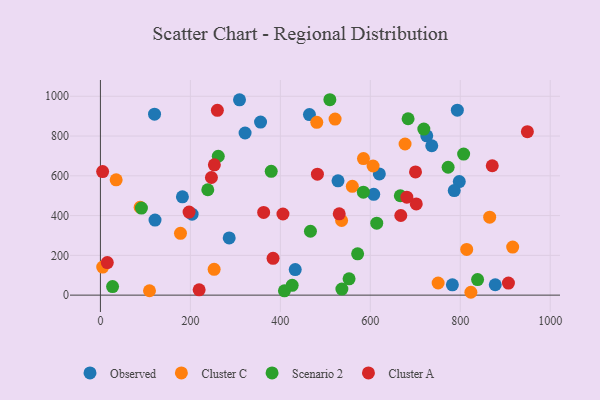
{"axis": {"x": "Engine Size", "y": "Profit"}, "legend": ["Cluster A", "Cluster C", "Observed", "Scenario 2"], "data": [{"x": "321.6", "y": 815.3, "type": "Observed"}, {"x": "433.1", "y": 128.7, "type": "Observed"}, {"x": "464.7", "y": 908.0, "type": "Observed"}, {"x": "528.2", "y": 575.0, "type": "Observed"}, {"x": "793.5", "y": 930.0, "type": "Observed"}, {"x": "203.8", "y": 407.0, "type": "Observed"}, {"x": "725.5", "y": 801.1, "type": "Observed"}, {"x": "620.1", "y": 609.4, "type": "Observed"}, {"x": "877.8", "y": 52.2, "type": "Observed"}, {"x": "286.3", "y": 287.5, "type": "Observed"}, {"x": "607.6", "y": 507.2, "type": "Observed"}, {"x": "356.0", "y": 870.1, "type": "Observed"}, {"x": "782.5", "y": 52.0, "type": "Observed"}, {"x": "120.3", "y": 910.0, "type": "Observed"}, {"x": "121.4", "y": 377.3, "type": "Observed"}, {"x": "736.6", "y": 751.2, "type": "Observed"}, {"x": "797.8", "y": 571.3, "type": "Observed"}, {"x": "182.3", "y": 494.5, "type": "Observed"}, {"x": "786.6", "y": 525.9, "type": "Observed"}, {"x": "309.2", "y": 982.0, "type": "Observed"}, {"x": "750.8", "y": 61.0, "type": "Cluster C"}, {"x": "814.3", "y": 229.8, "type": "Cluster C"}, {"x": "584.8", "y": 686.6, "type": "Cluster C"}, {"x": "521.7", "y": 885.2, "type": "Cluster C"}, {"x": "35.0", "y": 579.7, "type": "Cluster C"}, {"x": "481.0", "y": 869.2, "type": "Cluster C"}, {"x": "178.0", "y": 310.7, "type": "Cluster C"}, {"x": "823.6", "y": 14.4, "type": "Cluster C"}, {"x": "5.1", "y": 141.1, "type": "Cluster C"}, {"x": "560.0", "y": 547.2, "type": "Cluster C"}, {"x": "916.5", "y": 241.6, "type": "Cluster C"}, {"x": "677.3", "y": 760.0, "type": "Cluster C"}, {"x": "606.2", "y": 649.4, "type": "Cluster C"}, {"x": "109.1", "y": 22.1, "type": "Cluster C"}, {"x": "536.2", "y": 375.3, "type": "Cluster C"}, {"x": "865.4", "y": 391.9, "type": "Cluster C"}, {"x": "88.3", "y": 442.0, "type": "Cluster C"}, {"x": "252.8", "y": 129.8, "type": "Cluster C"}, {"x": "510.1", "y": 982.7, "type": "Scenario 2"}, {"x": "807.5", "y": 709.5, "type": "Scenario 2"}, {"x": "584.6", "y": 517.7, "type": "Scenario 2"}, {"x": "536.8", "y": 30.5, "type": "Scenario 2"}, {"x": "91.2", "y": 437.8, "type": "Scenario 2"}, {"x": "238.7", "y": 529.9, "type": "Scenario 2"}, {"x": "409.1", "y": 21.9, "type": "Scenario 2"}, {"x": "666.7", "y": 499.9, "type": "Scenario 2"}, {"x": "684.0", "y": 887.0, "type": "Scenario 2"}, {"x": "614.3", "y": 362.1, "type": "Scenario 2"}, {"x": "571.8", "y": 207.8, "type": "Scenario 2"}, {"x": "262.0", "y": 698.4, "type": "Scenario 2"}, {"x": "466.9", "y": 321.3, "type": "Scenario 2"}, {"x": "838.5", "y": 78.4, "type": "Scenario 2"}, {"x": "719.0", "y": 835.2, "type": "Scenario 2"}, {"x": "773.0", "y": 643.2, "type": "Scenario 2"}, {"x": "27.0", "y": 42.9, "type": "Scenario 2"}, {"x": "552.8", "y": 82.2, "type": "Scenario 2"}, {"x": "379.7", "y": 622.7, "type": "Scenario 2"}, {"x": "426.3", "y": 49.3, "type": "Scenario 2"}, {"x": "530.9", "y": 408.7, "type": "Cluster A"}, {"x": "702.2", "y": 458.8, "type": "Cluster A"}, {"x": "907.1", "y": 60.9, "type": "Cluster A"}, {"x": "253.3", "y": 655.3, "type": "Cluster A"}, {"x": "681.2", "y": 492.5, "type": "Cluster A"}, {"x": "197.1", "y": 417.7, "type": "Cluster A"}, {"x": "667.8", "y": 400.6, "type": "Cluster A"}, {"x": "260.0", "y": 929.6, "type": "Cluster A"}, {"x": "4.9", "y": 621.2, "type": "Cluster A"}, {"x": "362.9", "y": 415.8, "type": "Cluster A"}, {"x": "15.3", "y": 164.0, "type": "Cluster A"}, {"x": "871.1", "y": 650.7, "type": "Cluster A"}, {"x": "219.5", "y": 26.8, "type": "Cluster A"}, {"x": "405.8", "y": 408.0, "type": "Cluster A"}, {"x": "246.8", "y": 591.6, "type": "Cluster A"}, {"x": "700.5", "y": 619.8, "type": "Cluster A"}, {"x": "949.2", "y": 822.1, "type": "Cluster A"}, {"x": "482.4", "y": 608.3, "type": "Cluster A"}, {"x": "383.8", "y": 185.0, "type": "Cluster A"}]}